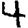
Digit: 4